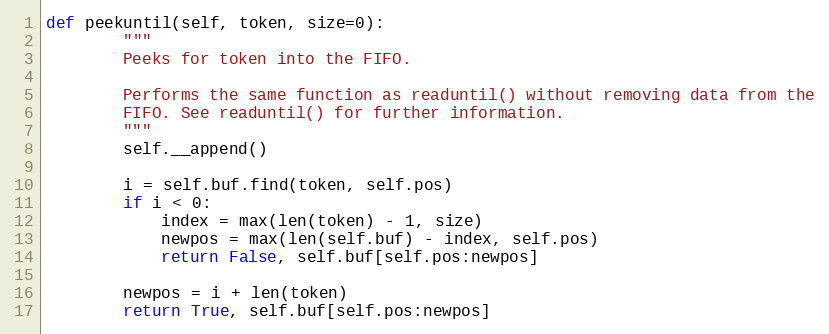
Language: Python
def peekuntil(self, token, size=0):
        """
        Peeks for token into the FIFO.

        Performs the same function as readuntil() without removing data from the
        FIFO. See readuntil() for further information.
        """
        self.__append()

        i = self.buf.find(token, self.pos)
        if i < 0:
            index = max(len(token) - 1, size)
            newpos = max(len(self.buf) - index, self.pos)
            return False, self.buf[self.pos:newpos]

        newpos = i + len(token)
        return True, self.buf[self.pos:newpos]